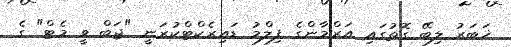
ޚަބަރު ލިބޭ ގޮތުގައި އަރްމާންގެ ފިލްމު ޑައިރެކްޓްކުރަނީ "ޖަބް ވީ މެޓް" ގެ